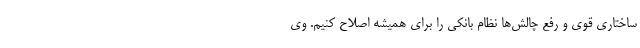
ساختاری قوی و رفع چالش‌ها نظام بانکی را برای همیشه اصلاح کنیم. وی